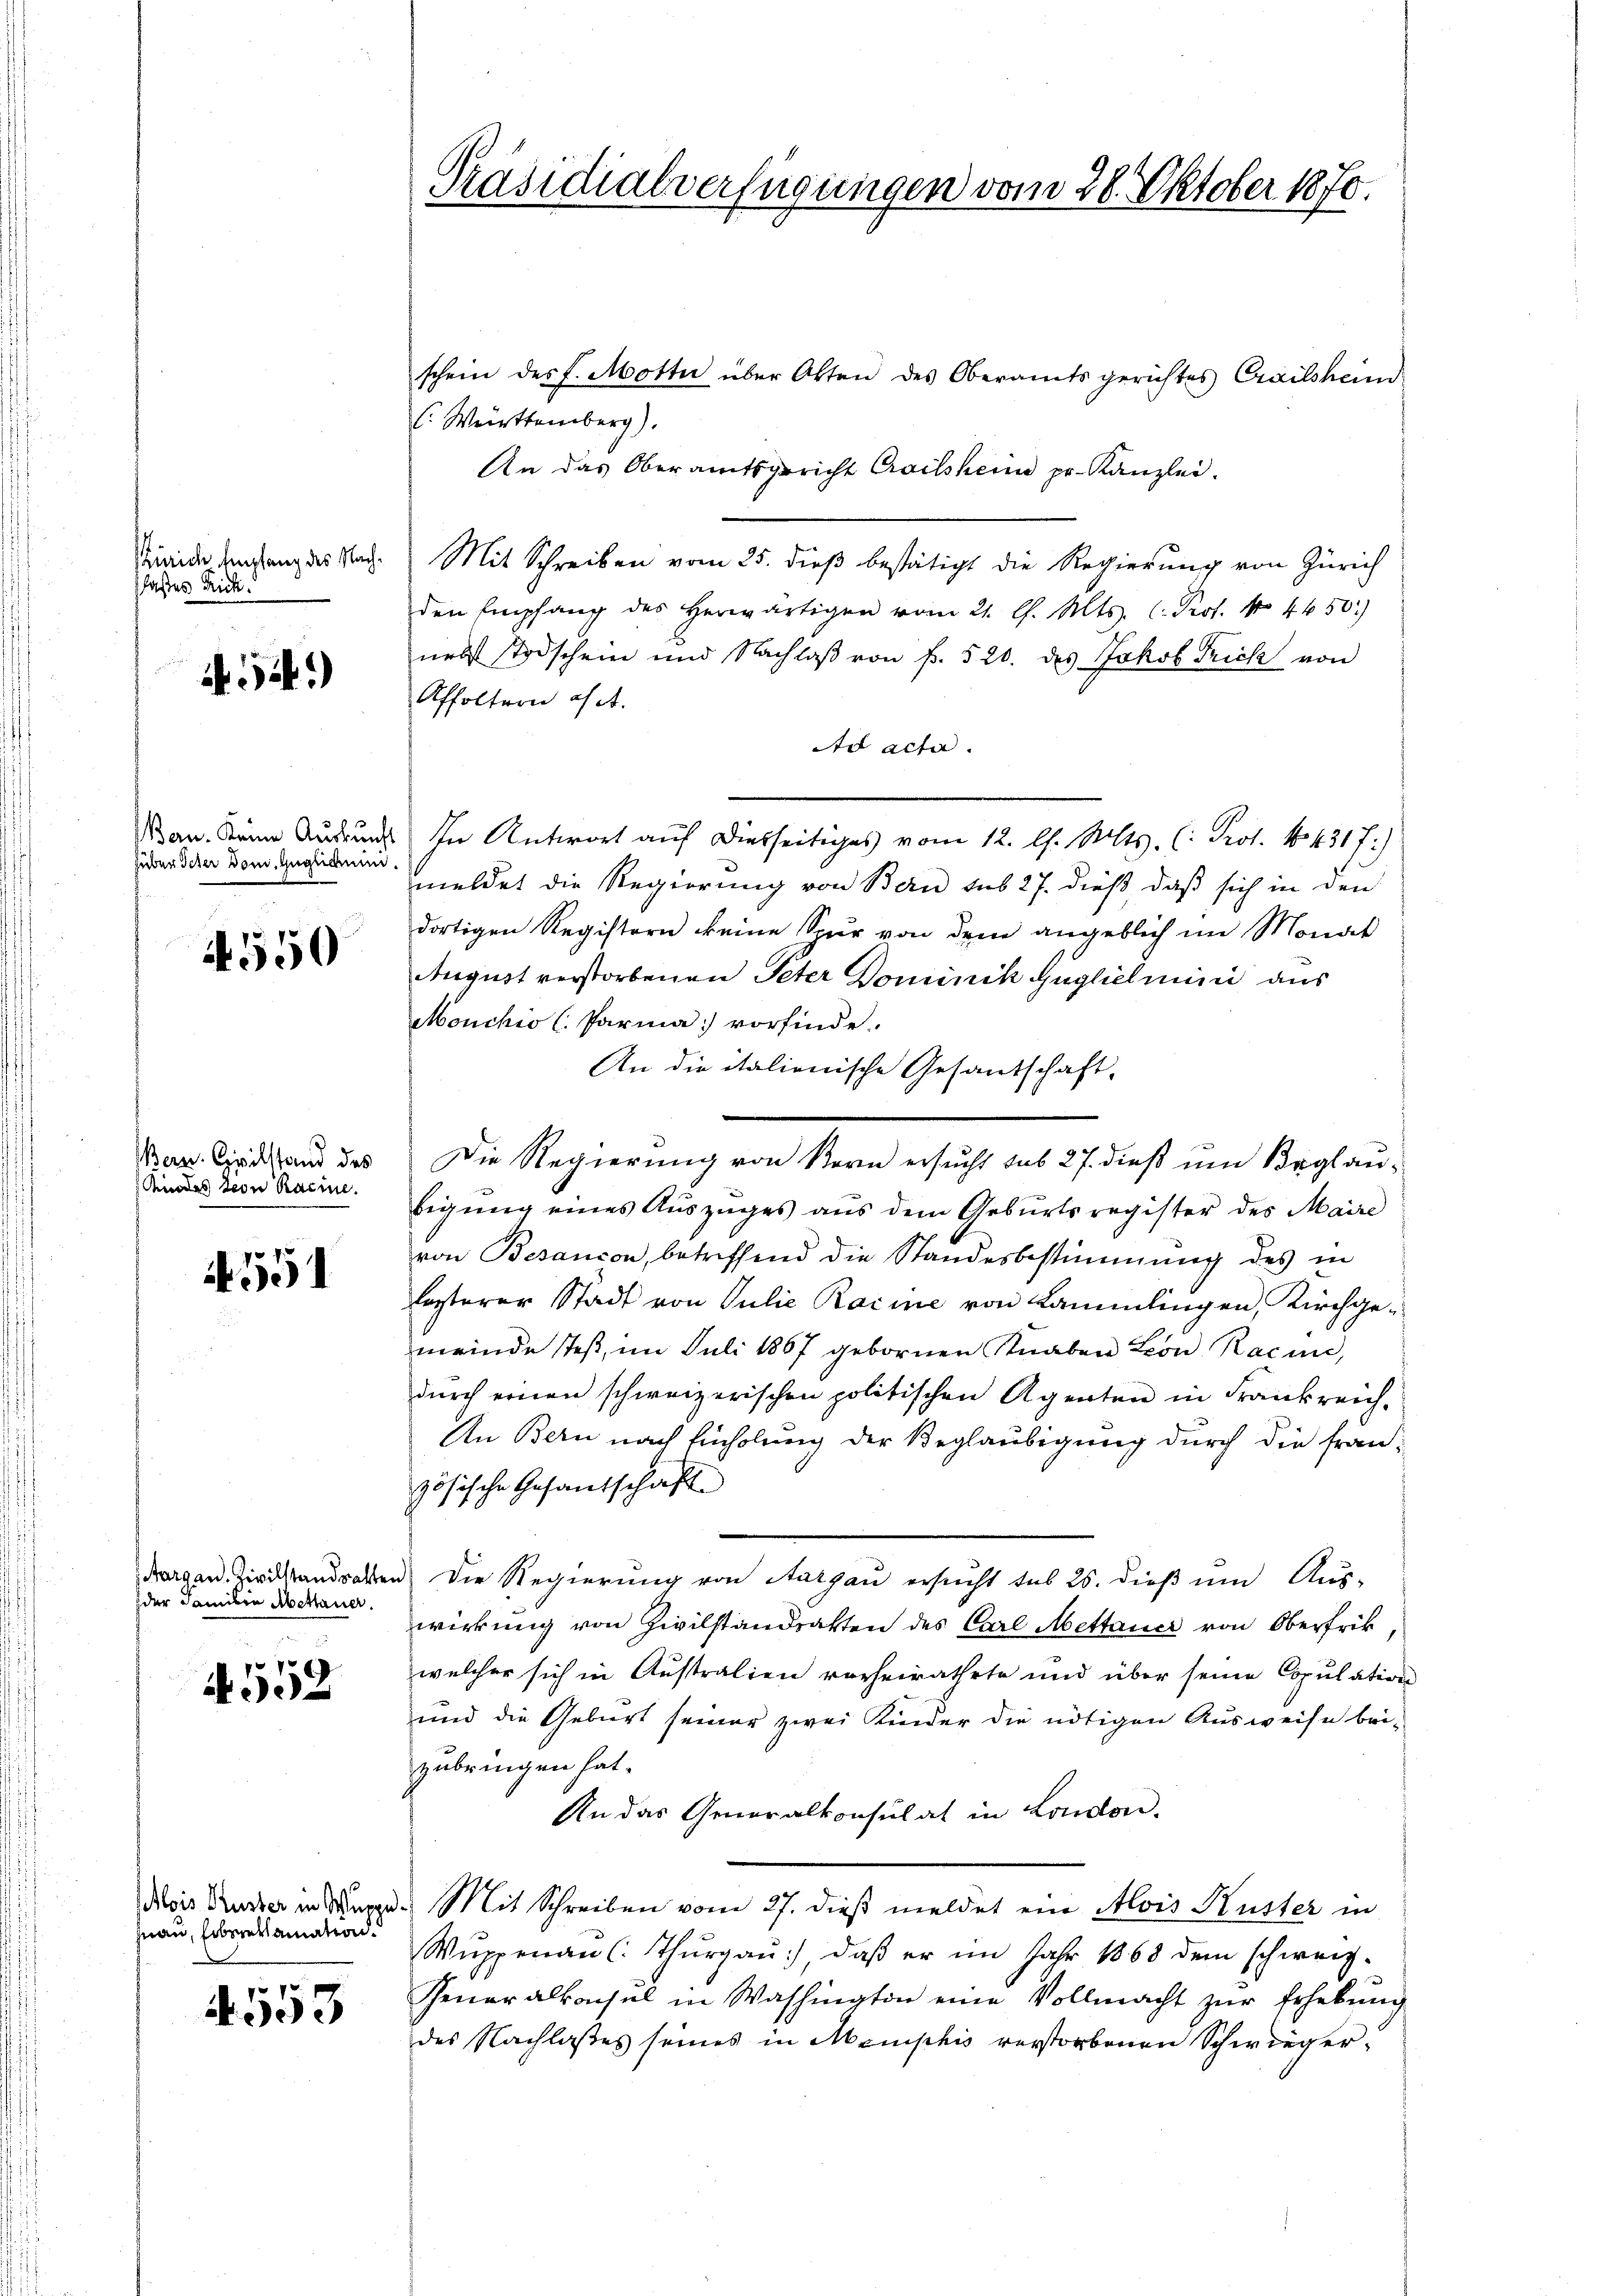
Zürich Empfang des Nachlaßes Rich

.52)

huber Scher Dom. Guglichen.

4550

Bern. Civilstand des
Kindes von Racine.

551

der Familie Abettauer.

552

nau, Libereklamation.

4553

Präsidialverfügungen vom 28. Oktober 1870.

schein des J. Motta über Otten des Oberamtsgerichtes Crailsheim
C. Weirttemberg).
An das Oberamtsgericht Crailsheim pr. Kanzlei.
Mit Schreiben vom 25. dieβ bestätigt die Regierung von Zürich
den Empfang des herwärtigen vom 21. l. Mts. C. Prof. No 4650.)
nebst Todschein und Nachlaβ von f. 520. des Jakob Frick von
Affoltern ist.
Ad acta.
Ban. Dann Ausrund In Antwort auf diesseitiges vom 12. l. Mts. (: Prot. No. 431 f.)
meldet die Regierung von Bern sub 27. dieß daß sich in den
dortigen Registern keine Spur von dem angeblich im Monat
August verstorbenen Peter Dominik Guglich mini aus
Monchio (Parma vorfinde.
An die italienische Gesandschaft-
Die Regierung von Bern ersucht sub 27. dieß um Beglaubigung eines Auszuges aus dem Geburtsregister des Maire
von Besançon, betreffend die Standesbestimmung des in
lezterer Stadt von Julie Raime von Kammlingen, Kirchgemeinde stes, im Juli 1867 gebornen Knaben Leon, Racin,
dŭrch einen schweizerischen politischen Agenten in Frankreich-
An Bern nach Einholung der Beglaubigung durch die Französische Gesandschaft
dargen. Zivilstandsakten. Die Regierung von Aargau ersucht sub 26. dieß um Aus-
wirkung von Zivilstandsakten des Carl Mettauer von Oberfrik,
welcher sich in Australien vorheirathete und über seine Copulation
und die Gebiert seiner zwei Kinder die nötigen Ausweise bei-
zubringen hat.
An das Generalkonsulat in London.
Mois Rucker in Kuppe. Mit Schreiben vom 27. dieß meldet ein Alois Küster in
Wŭppenau (Thŭrgaŭ), daβ er im Jahr 1868 dem schweiz.
Feneralkonsul in Washington eine Vollmacht zŭr Erhebŭng
des Nachlaßes seines in Memphis verstorbenen Schwieger¬